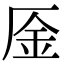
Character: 㕋